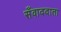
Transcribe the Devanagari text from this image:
सँवाददाता